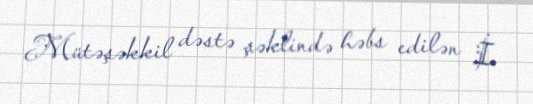
Mütəşəkkil dəstə şəklində həbs edilən İ.